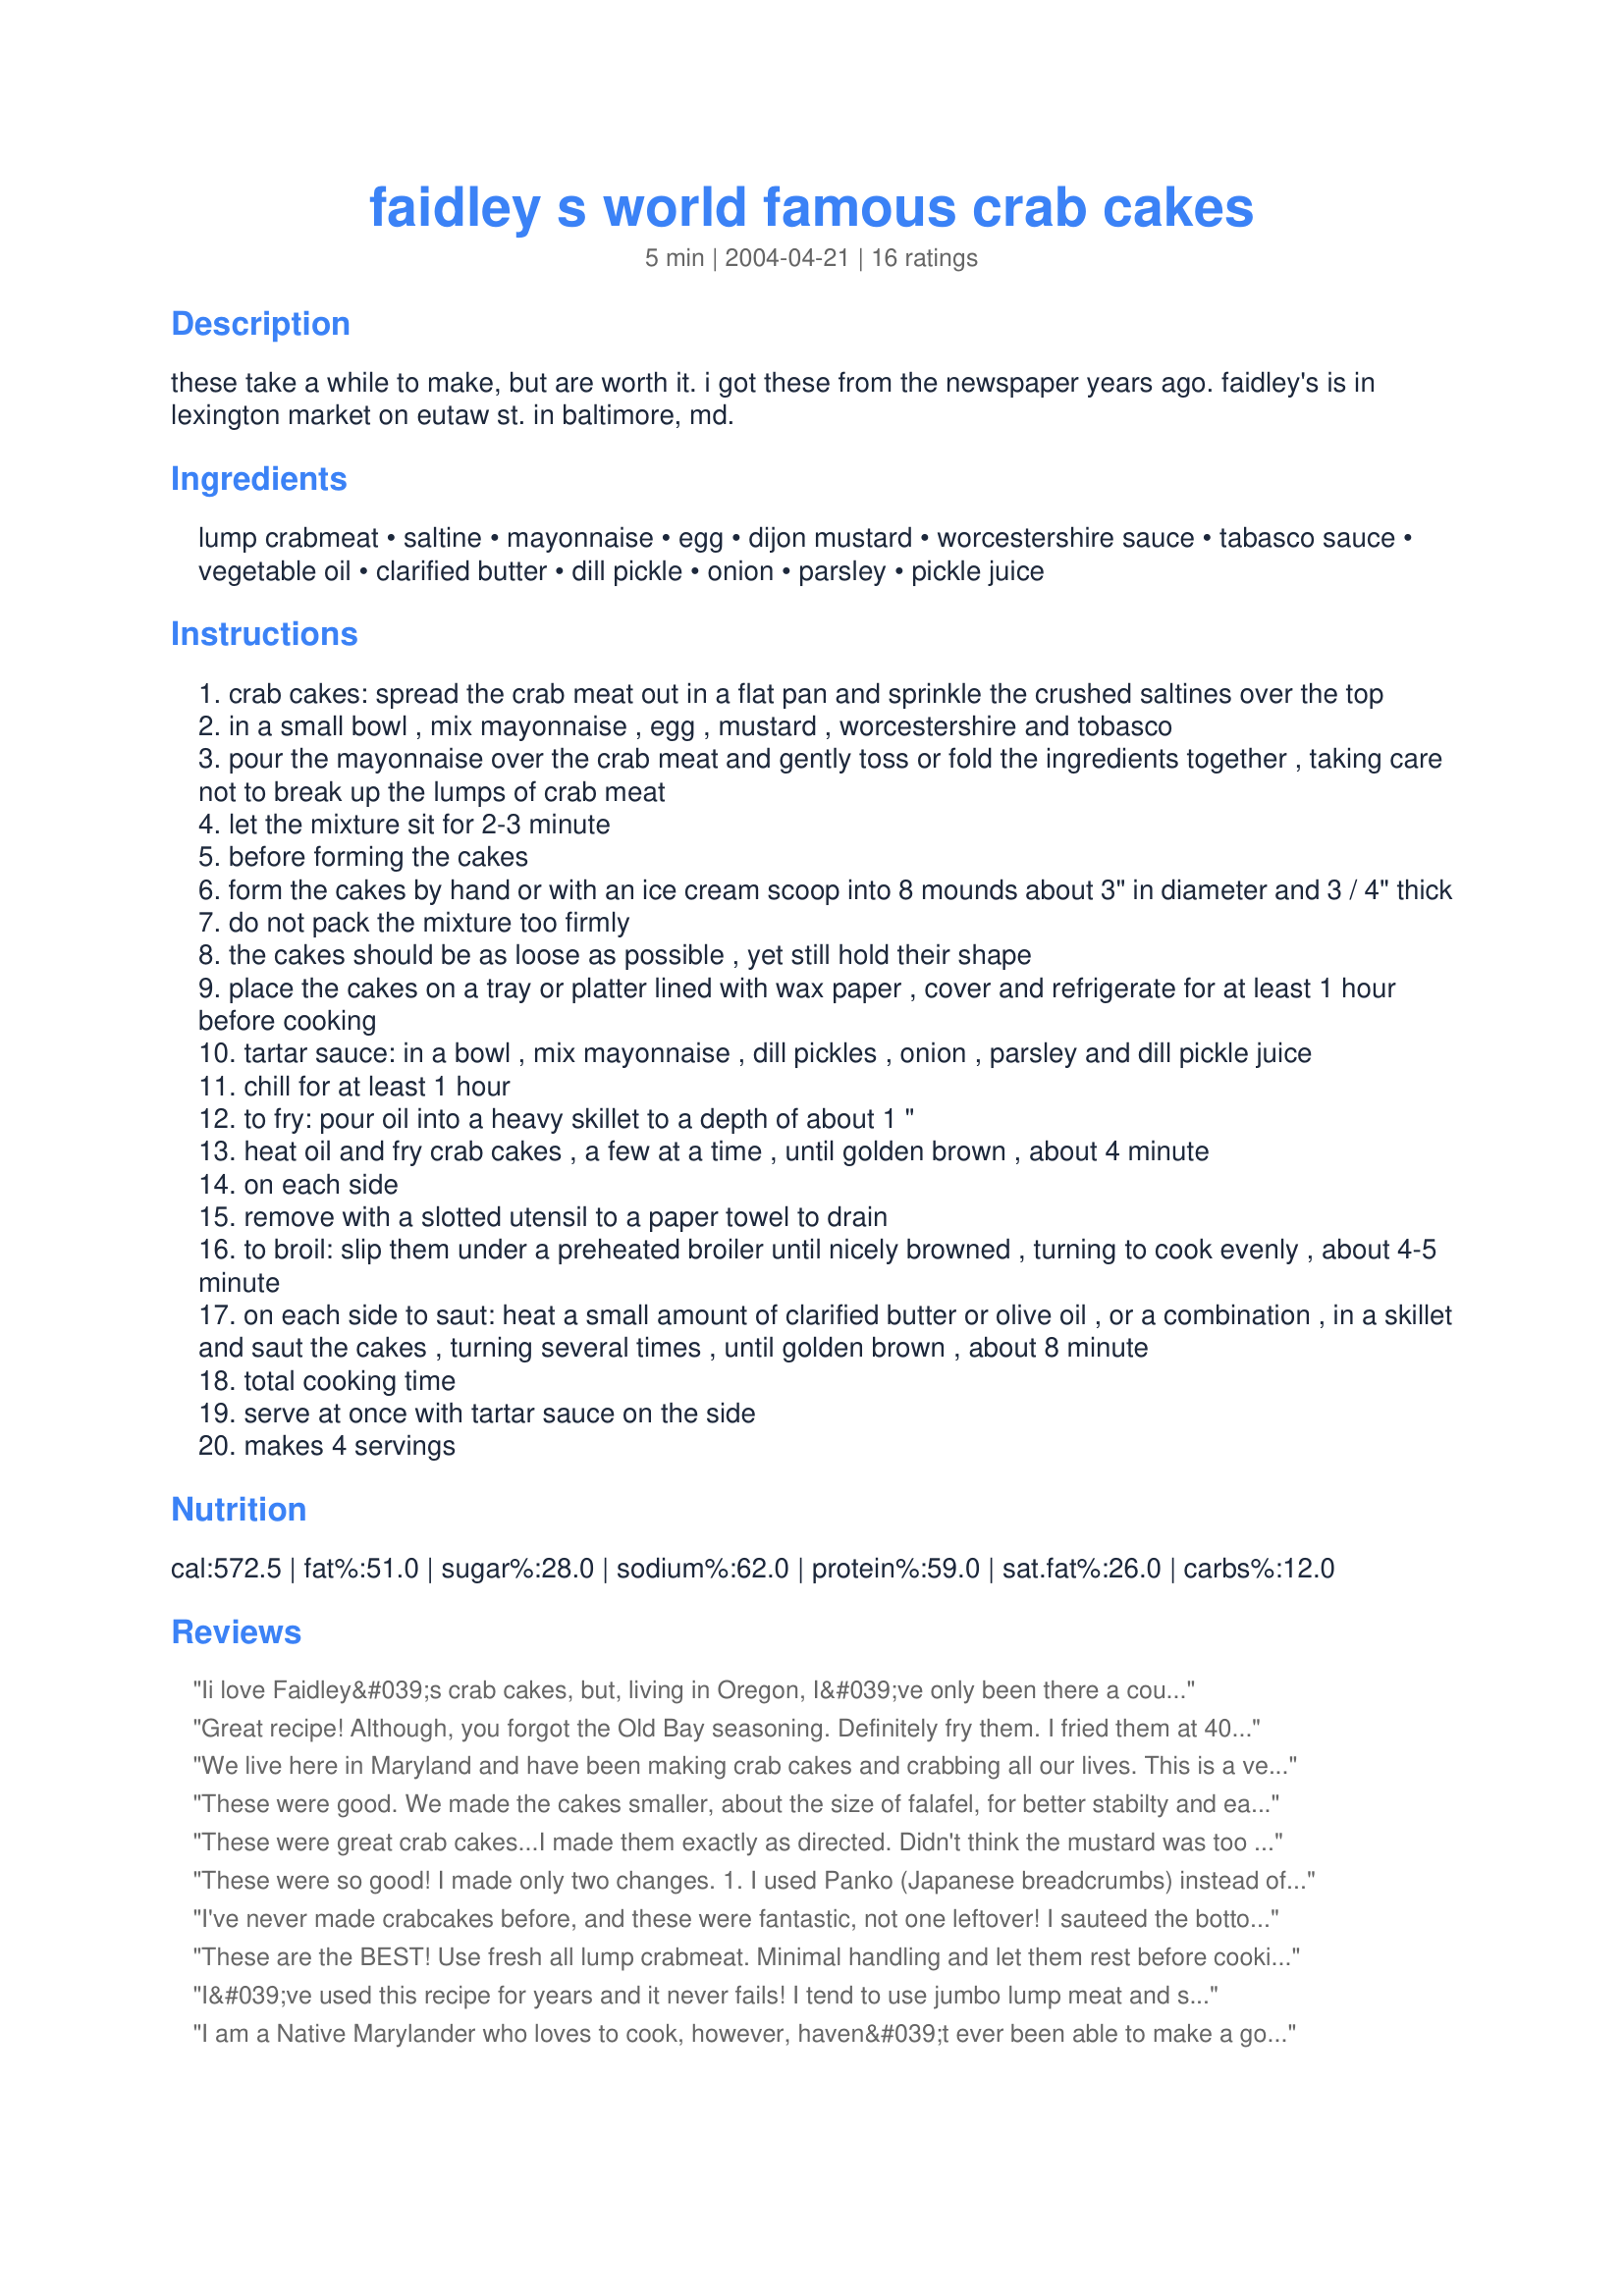
faidley s world famous crab cakes
Preparation time: 5 minutes

these take a while to make, but are worth it. i got these from the newspaper years ago. faidley's is in lexington market on eutaw st. in baltimore, md.

Ingredients:
lump crabmeat, saltine, mayonnaise, egg, dijon mustard, worcestershire sauce, tabasco sauce, vegetable oil, clarified butter, dill pickle, onion, parsley, pickle juice

Steps:
crab cakes: spread the crab meat out in a flat pan and sprinkle the crushed saltines over the top
in a small bowl , mix mayonnaise , egg , mustard , worcestershire and tobasco
pour the mayonnaise over the crab meat and gently toss or fold the ingredients together , taking care not to break up the lumps of crab meat
let the mixture sit for 2-3 minute
before forming the cakes
form the cakes by hand or with an ice cream scoop into 8 mounds about 3" in diameter and 3 / 4" thick
do not pack the mixture too firmly
the cakes should be as loose as possible , yet still hold their shape
place the cakes on a tray or platter lined with wax paper , cover and refrigerate for at least 1 hour before cooking
tartar sauce: in a bowl , mix mayonnaise , dill pickles , onion , parsley and dill pickle juice
chill for at least 1 hour
to fry: pour oil into a heavy skillet to a depth of about 1 "
heat oil and fry crab cakes , a few at a time , until golden brown , about 4 minute
on each side
remove with a slotted utensil to a paper towel to drain
to broil: slip them under a preheated broiler until nicely browned , turning to cook evenly , about 4-5 minute
on each side to saut: heat a small amount of clarified butter or olive oil , or a combination , in a skillet and saut the cakes , turning several times , until golden brown , about 8 minute
total cooking time
serve at once with tartar sauce on the side
makes 4 servings

Reviews:
Ii love Faidley&#039;s crab cakes, but, living in Oregon, I&#039;ve only been there a couple of times. I just made this recipe with some fresh Pacific crab. They were perfect!
Great recipe! Although, you forgot the Old Bay seasoning. Definitely fry them. I fried them at 400 degrees for just about a minute on the stove top. A regular counter top fryer does not hold the heat the way you can create on the stove top. Pulled them out when I saw the color of the crust was perfectly light to medium brown. This way you get a good crust on the outside of a creamy flavorful inside. Oh, and try and get crab meat that is not pasteurized.
We live here in Maryland and have been making crab cakes and crabbing all our lives. This is a very simple recipe I actually added more saltines buy 1/2 cup I used non salted saltines. Not only is this recipe outstanding and tastes great everyone thought these were the best crab cakes that I've ever made. To cook I always saute the crab cakes at low to medium Heat. Great recipe for great cab crab cakes. Thanks for posting this recipe.
These were good. We made the cakes smaller, about the size of falafel, for better stabilty and ease of using like an appetizer. Only drawback is that although the tartar sauce is good, we would have preferred a remoulade sauce. Thanks for sharing.
These were great crab cakes...I made them exactly as directed. Didn't think the mustard was too much. I love Faidley's crab cakes in Baltimore and was looking for the recipe. If this doesn't taste exactly like it, it is very close to the real thing.
These were so good! I made only two changes. 1. I used Panko (Japanese breadcrumbs) instead of saltines. 2. I used 1 1/2 tsp of Dijon mustard and 1 1/2 tsp of yellow mustard. I baked them in the oven at 350 degrees for 13 minutes and then put them under the broiler until they were a perfect golden brown.
I've never made crabcakes before, and these were fantastic, not one leftover! I sauteed the bottom, then put them under the broiler for about 5-6 minutes. I made a remoulade with mayo, lemon juice and siracha. Will definitely keep this recipe!
These are the BEST! Use fresh all lump crabmeat. Minimal handling and let them rest before cooking Mustard amount is not overwhelming. Never made the tarter sauce. Try Texas Pete instead. YUMMY.
I&#039;ve used this recipe for years and it never fails! I tend to use jumbo lump meat and since I don&#039;t like a lot of filler my cakes can fall apart while cooking, but that doesn&#039;t make them any less tasty. And if I make too many (as I did last night) I freeze the extra uncooked ones.
I am a Native Marylander who loves to cook, however, haven&#039;t ever been able to make a good crab cake. This is it, a true Maryland crab cake recipe from the heart of Baltimore.
Delicious. I made a few changes to mine including 2 tbls of dijon mustard, tsp of mustard seed, celery flakes, paprika. I used less crackers and Mayo overall too. But my biggest secret is I used some fresh shrimp. I blended the shrimp in a food processor and that acts as glue.
This is ABSOLUTELY the BEST Maryland Style crab cake recipe EVER!!! I grew up just north of Baltimore and crabs and crab cakes were something the whole family loved. This recipe nails the taste and consistency! Just follow the recipe EXACTLY. I did sort of deep fry them in about 2 inches of hot oil in a smaller, heavy pan for about 2 minutes on each side. The tartar sauce recipe with a bit of minced onion is a welcome addition!
These were all right, but the mustard was overwhelming. I'll make these again with less mustard and see how they are. I also used two cans of canned crabmeat instead of the fresh.
Cut the crackers by half- too much filler
Very Disappointed! Lots of filler! What a joke! No seaoning -June 9 2012 nothing like I remembered.Will not be back.
I&#039;m from northeast Baltimore, and I&#039;ve had a lot of crabcakes. Now I try to make them where I live--in Colorado. This recipe was perfect. I think the saltines are the key. And, I was short on saltines, so I used plain flavored goldfish crackers. Worked. I don&#039;t always like Dijon mustard or Worchestershire, but this recipe was perfect. I added parsley for color. I did some oil frying and some broiling. Both were yummy. Broiling is easier. If you want to have a guaranteed good crabcake, use this recipe.
